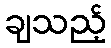
ချသည့်